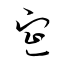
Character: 宣